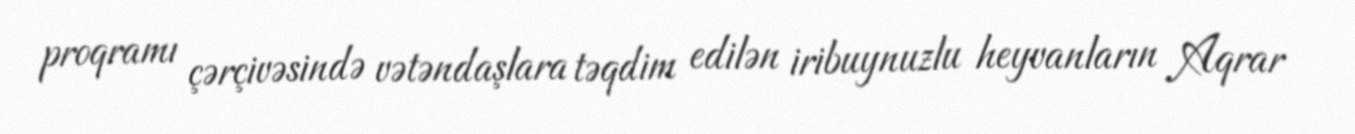
proqramı çərçivəsində vətəndaşlara təqdim edilən iribuynuzlu heyvanların Aqrar